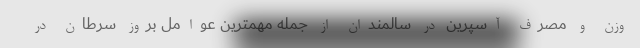
وزن و مصرف آسپرین در سالمندان از جمله مهمترین عوامل بروز سرطان در